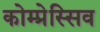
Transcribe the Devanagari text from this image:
कोम्प्रेस्सिव